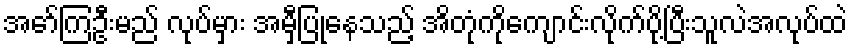
အော်ကြဦးမည် လုပ်မှား အမှီပြုနေသည့် အိတုံကိုကျောင်းလိုက်ပို့ပြီးသူလဲအလုပ်ထဲ